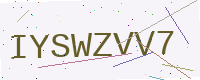
Text: IYSWZVV7